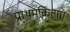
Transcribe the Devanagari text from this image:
प्राथमकिताएं